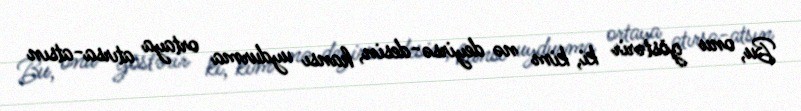
Bu, onu göstərir ki, kim nə deyirsə-desin, hansı uydurma ortaya atırsa-atsın